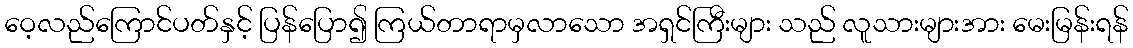
ဝေ့လည်ကြောင်ပတ်နှင့် ပြန်ပြော၍ ကြယ်တာရာမှလာသော အရှင်ကြီးများ သည် လူသားများအား မေးမြန်းရန်